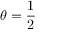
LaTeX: \theta = { \frac { 1 } { 2 } }